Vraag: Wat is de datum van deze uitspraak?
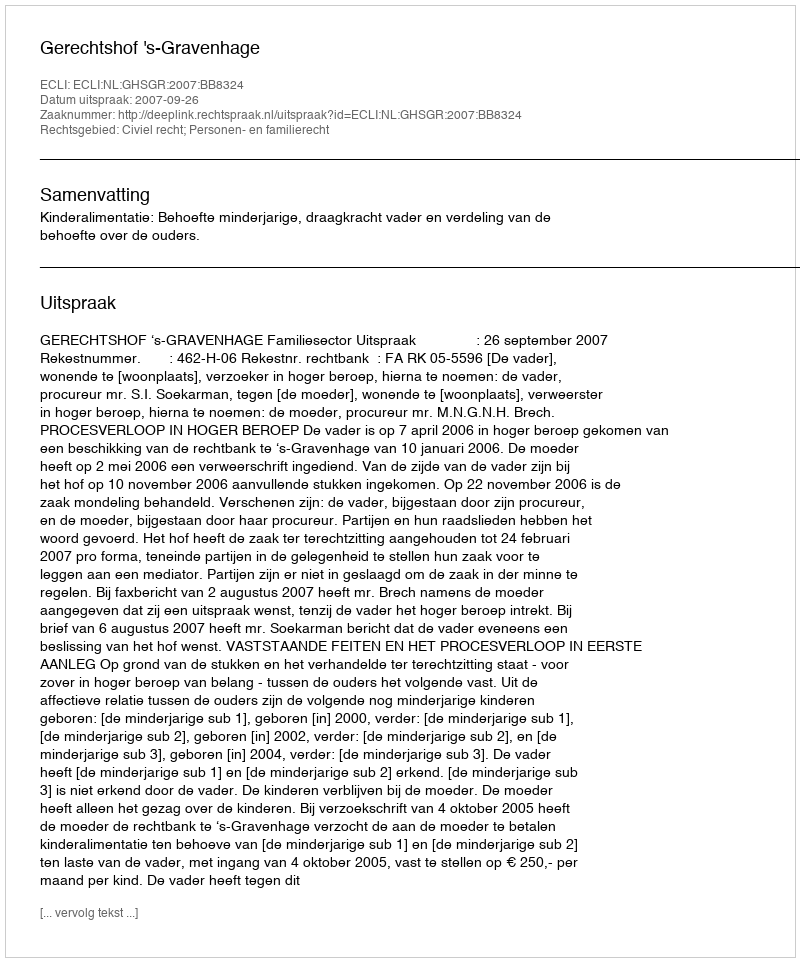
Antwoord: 2007-09-26